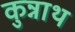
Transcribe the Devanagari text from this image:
कुन्नाथ